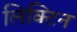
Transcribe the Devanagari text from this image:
लिक्टिन